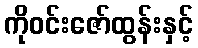
ကိုဝင်းဇော်ထွန်းနှင့်